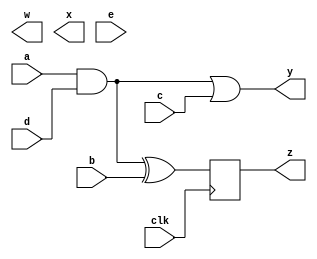
module cse_basic (
  output reg y, z, w, x,
  input a, b, c, d,e, 
  clk
);

reg temp1, temp2, temp3, temp4;
always @ (*) begin
  temp1 = a & d;
  temp2 = temp1 | c;
  y = temp2;
  temp3 = (a & d) ^ b;
end

always @ (posedge clk)
  z <= temp3;
endmodule